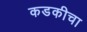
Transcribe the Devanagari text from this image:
कडकीचा